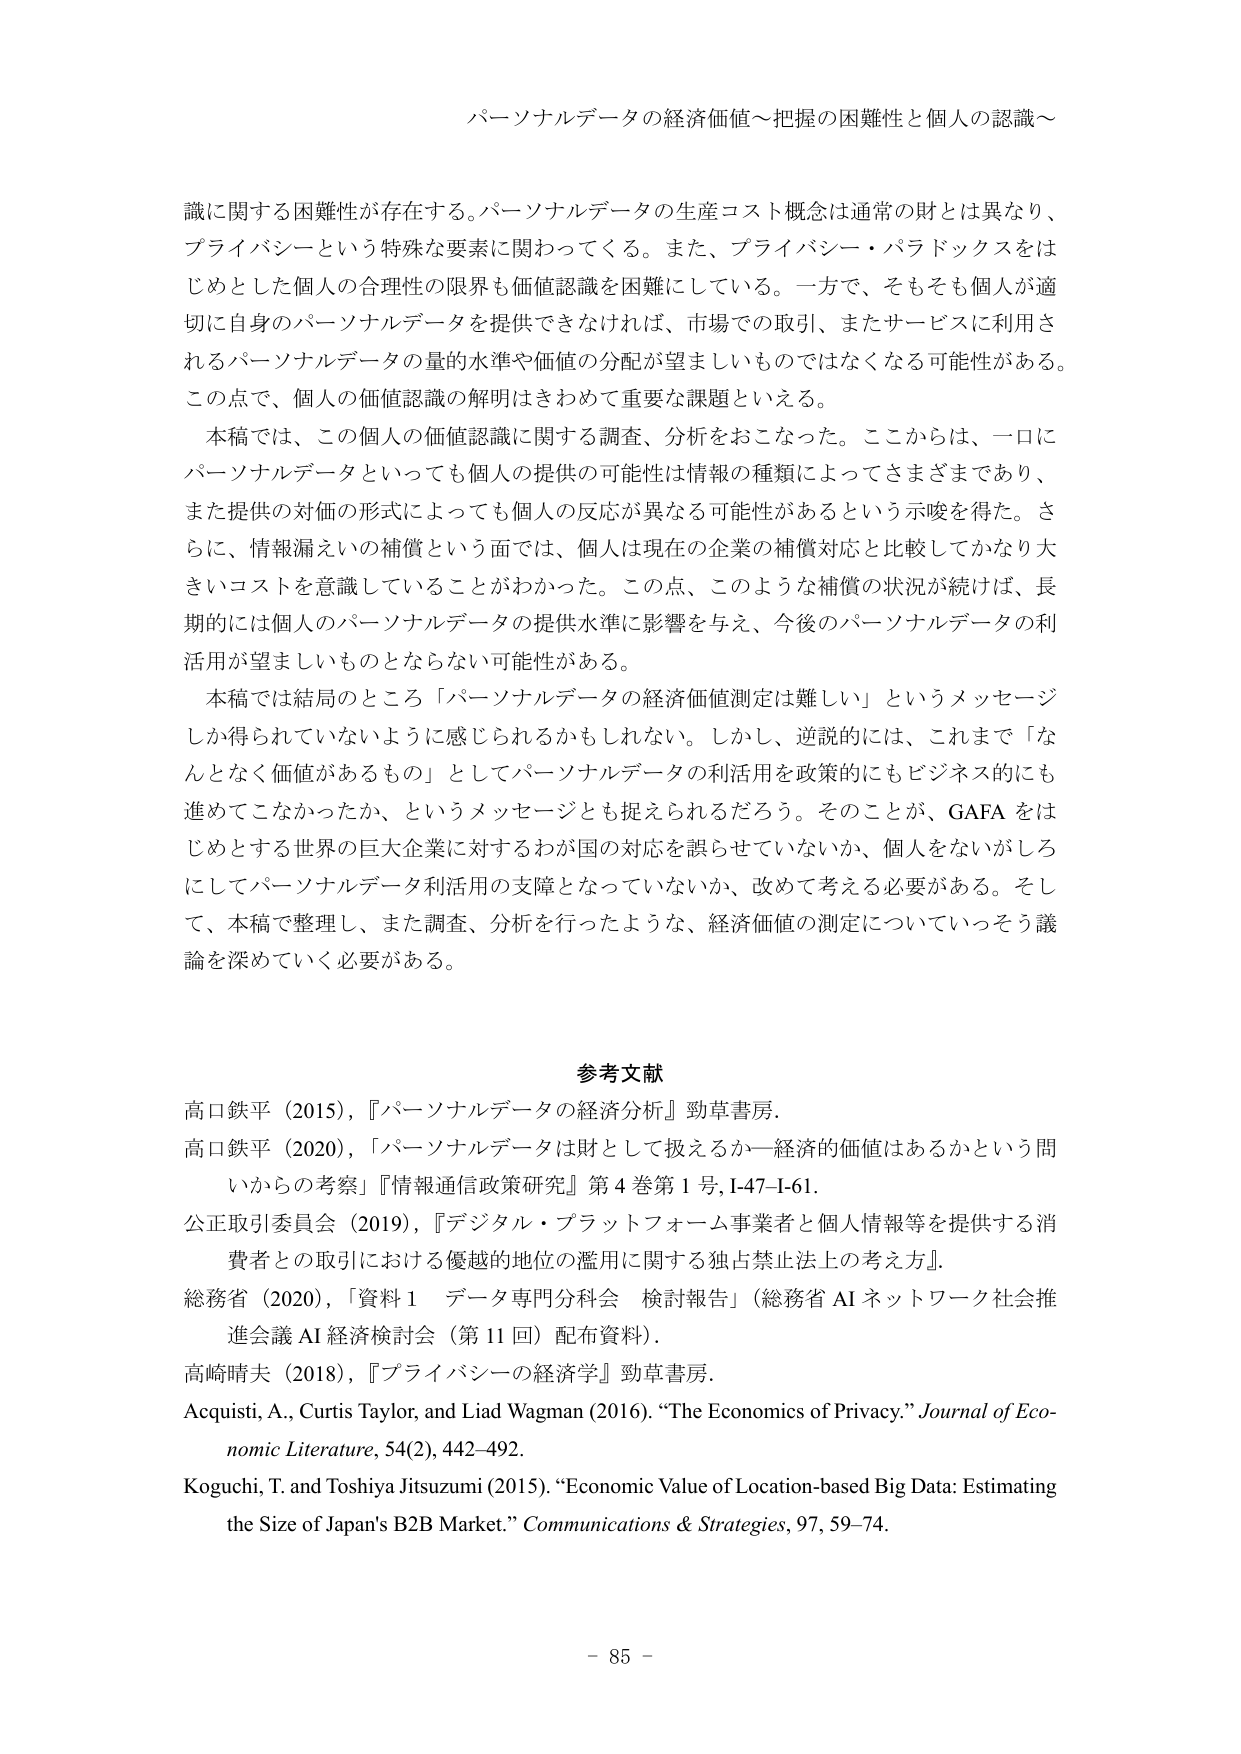
パーソナルデータの経済価値～把握の困難性と個人の認識～

識に関する困難性が存在する。パーソナルデータの生産コスト概念は通常の財とは異なり、プライバシーという特殊な要素に関わってくる。また、プライバシー・パラドックスをはじめとした個人の合理性の限界も価値認識を困難にしている。一方で、そもそも個人が適切に自身のパーソナルデータを提供できなければ、市場での取引、またサービスに利用されるパーソナルデータの量的水準や価値の分配が望ましいものではなくなる可能性がある。この点で、個人の価値認識の解明はきわめて重要な課題といえる。

本稿では、この個人の価値認識に関する調査、分析をおこなった。ここからは、一口にパーソナルデータといっても個人の提供の可能性は情報の種類によってさまざまであり、また提供の対価の形式によっても個人の反応が異なる可能性があるという示唆を得た。さらに、情報漏えいの補償という面では、個人は現在の企業の補償対応と比較してかなり大きいコストを意識していることがわかった。この点、このような補償の状況が続けば、長期的には個人のパーソナルデータの提供水準に影響を与え、今後のパーソナルデータの利活用が望ましいものとならない可能性がある。

本稿では結局のところ「パーソナルデータの経済価値測定は難しい」というメッセージしか得られていないように感じられるかもしれない。しかし、逆説的には、これまで「なんとなく価値があるもの」としてパーソナルデータの利活用を政策的にもビジネス的にも進めてこなかったか、というメッセージとも捉えられるだろう。そのことが、GAFAをはじめとする世界の巨大企業に対するわが国の対応を誤らせていないか、個人をないがしろにしてパーソナルデータ利活用の支障となっていないか、改めて考える必要がある。そして、本稿で整理し、また調査、分析を行ったような、経済価値の測定についていっそう議論を深めていく必要がある。

参考文献

高口鉄平（2015），『パーソナルデータの経済分析』勁草書房。

高口鉄平（2020），「パーソナルデータは財として扱えるか－経済的価値はあるかという問いからの考察」『情報通信政策研究』第4巻第1号，I-47-I-61。

公正取引委員会（2019），『デジタル・プラットフォーム事業者と個人情報等を提供する消費者との取引における優越的地位の濫用に関する独占禁止法上の考え方』。

総務省（2020），「資料1 データ専門分科会 検討報告」（総務省AIネットワーク社会推進会議AI経済検討会（第11回）配布資料）。

高崎晴夫（2018），『プライバシーの経済学』勁草書房。

Acquisti, A., Curtis Taylor, and Liad Wagman (2016). “The Economics of Privacy.” Journal of Economic Literature, 54(2), 442–492.

Koguchi, T. and Toshiya Jitsuzumi (2015). “Economic Value of Location-based Big Data: Estimating the Size of Japan’s B2B Market.” Communications & Strategies, 97, 59–74.

- 85 -